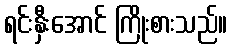
ရင်းနှီးအောင် ကြိုးစားသည်။